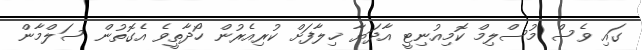
ގައި ވެސް މުސްލިމް ކޮމިއުނިޓީ އާދަޔާ ޚިލާފަށް ކުރިއެރުން ހޯދާތީވެ އެގޮތުން ސަލްމާން